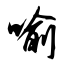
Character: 喻